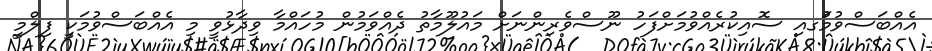
އެއްބަސްވުމުަގއި ސޮއިކުރެއްވުމަށްފަހު ނޫސްވެރިންނަށް މައުލޫމާތު ދެއްވަމުން މުހައްމާ ވިދާޅުވީ މި އެއްބަސްވުމަކީ ފިލްމީ